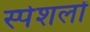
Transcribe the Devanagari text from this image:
स्पेशलों